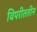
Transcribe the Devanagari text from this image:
विपरीततीन